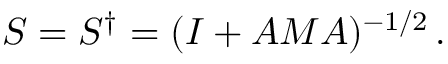
{ \cal S } = { \cal S } ^ { \dagger } = ( I + { \cal A } M { \cal A } ) ^ { - 1 / 2 } \, .